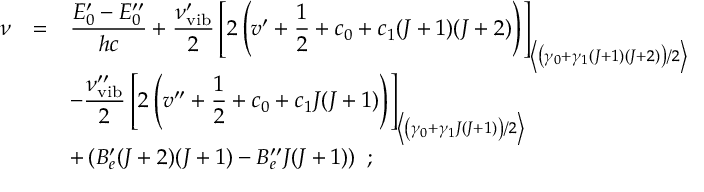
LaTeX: \begin{array} { r c l } { { \nu } } & { { = } } & { { \displaystyle \frac { E _ { 0 } ^ { \prime } - E _ { 0 } ^ { \prime \prime } } { h c } + \displaystyle \frac { \nu _ { \mathrm { v i b } } ^ { \prime } } { 2 } \left[ 2 \left( v ^ { \prime } + { \frac { 1 } { 2 } } + c _ { 0 } + c _ { 1 } ( J + 1 ) ( J + 2 ) \right) \right] _ { \left< \left( \gamma _ { 0 } + \gamma _ { 1 } ( J + 1 ) ( J + 2 ) \right) / 2 \right> } } } \\ { { } } & { { } } & { { - \displaystyle \frac { \nu _ { \mathrm { v i b } } ^ { \prime \prime } } { 2 } \left[ 2 \left( v ^ { \prime \prime } + { \frac { 1 } { 2 } } + c _ { 0 } + c _ { 1 } J ( J + 1 ) \right) \right] _ { \left< \left( \gamma _ { 0 } + \gamma _ { 1 } J ( J + 1 ) \right) / 2 \right> } } } \\ { { } } & { { } } & { { + \left( B _ { e } ^ { \prime } ( J + 2 ) ( J + 1 ) - B _ { e } ^ { \prime \prime } J ( J + 1 ) \right) ~ ; } } \end{array}